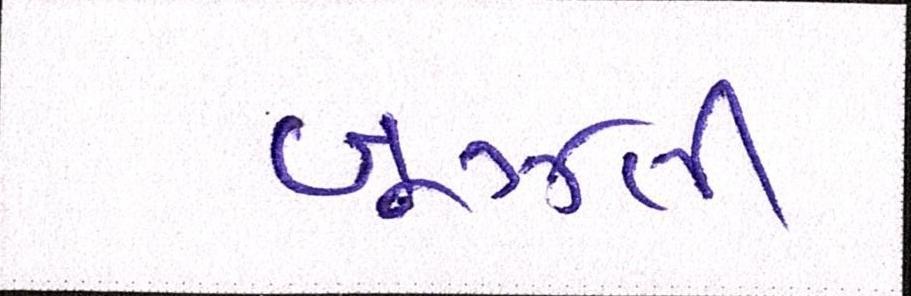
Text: બૂઝતી